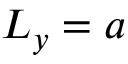
L _ { y } = a